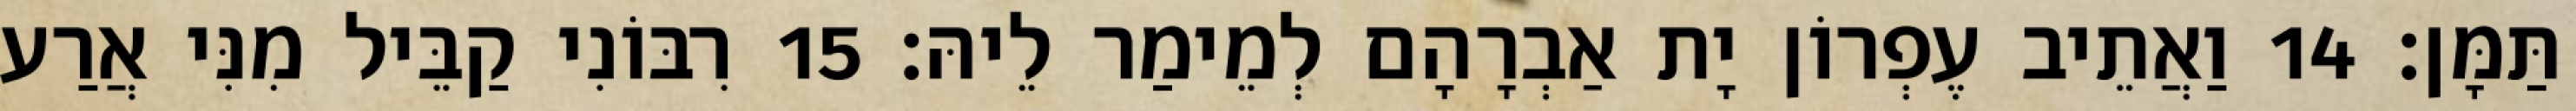
תַּמָּן׃ 14 וַאֲתֵיב עֶפְרוֹן יָת אַבְרָהָם לְמֵימַר לֵיהּ׃ 15 רִבּוֹנִי קַבֵּיל מִנִּי אֲרַע